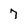
Character: 7